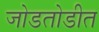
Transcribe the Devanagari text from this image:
जोडतोडीत